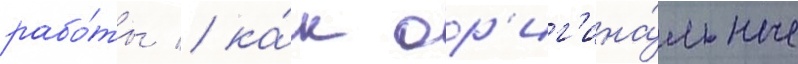
рабо́ты / ка́к ор'иг'ина́льные